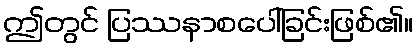
ဤတွင် ပြဿနာစပေါ်ခြင်းဖြစ်၏။